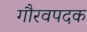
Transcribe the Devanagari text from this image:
गौरवपदक